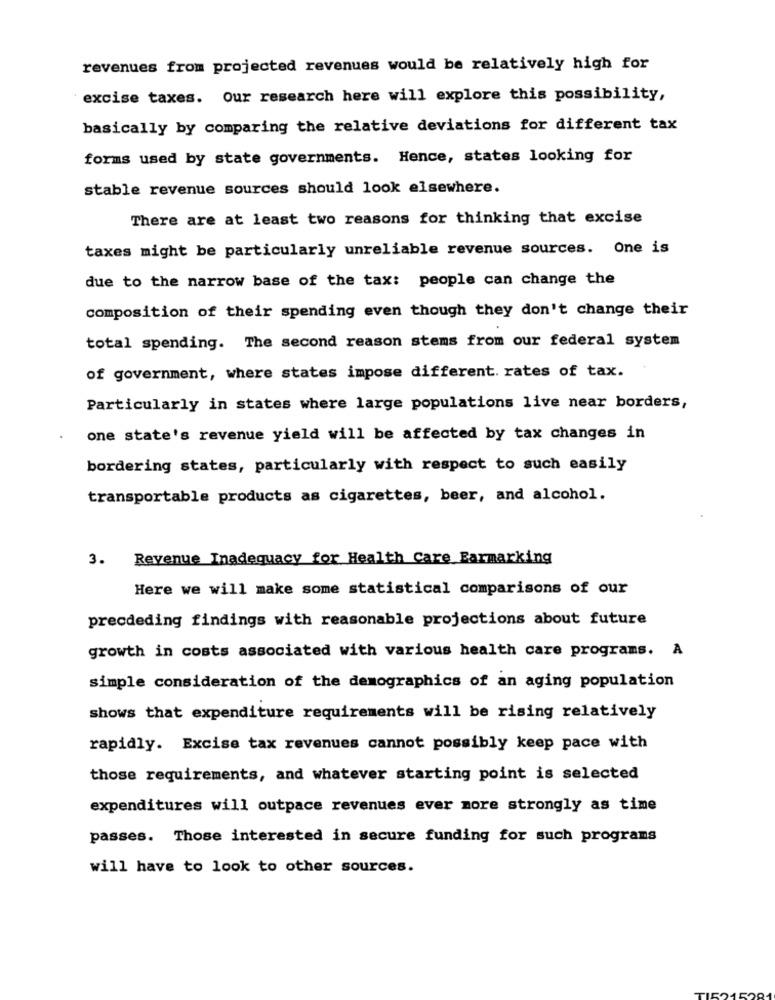
revenues from projected revenues would be relatively high for
excise taxes. Our research here will explore this possibility,
basically by comparing the relative deviations for different tax
forms used by state governments. Hence, states looking for
stable revenue sources should look elsewhere.
There are at least two reasons for thinking that excise
taxes might be particularly unreliable revenue sources. One is
due to the narrow base of the tax: people can change the
composition of their spending even though they don't change their
total spending. The second reason stems from our federal system
of government, where states impose different. rates of tax.
Particularly in states where large populations live near borders,
one state's revenue yield will be affected by tax changes in
bordering states, particularly with respect to such easily
transportable products as cigarettes, beer, and alcohol.
3. Revenue Inadequacy for Health Care Earmarking
Here we will make some statistical comparisons of our
precdeding findings with reasonable projections about future
growth in costs associated with various health care programs. A
simple consideration of the demographics of an aging population
shows that expenditure requirements will be rising relatively
rapidly. Excise tax revenues cannot possibly keep pace with
those requirements, and whatever starting point is selected
expenditures will outpace revenues ever more strongly as time
passes. Those interested in secure funding for such programs
will have to look to other sources.